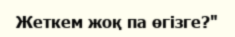
Жеткем жоқ па өгізге?"